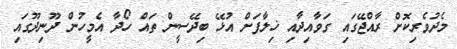
މެދުވެރިކޮށް ރާއްޖޭގައި ގަވާއިދާއި ޚިލާފަށް އުޅޭ ބިދޭސީން ތައް ހޯދާ އެމީހުން ދޫނިދޫގައި